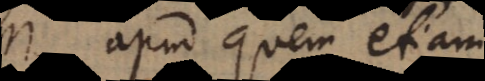
m, apud quem etiam